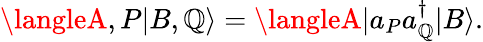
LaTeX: \langleA,P|B,\mathbb{Q}\rangle=\langleA|a_{P}a_{\mathbb{Q}}^{\dagger}|B\rangle.